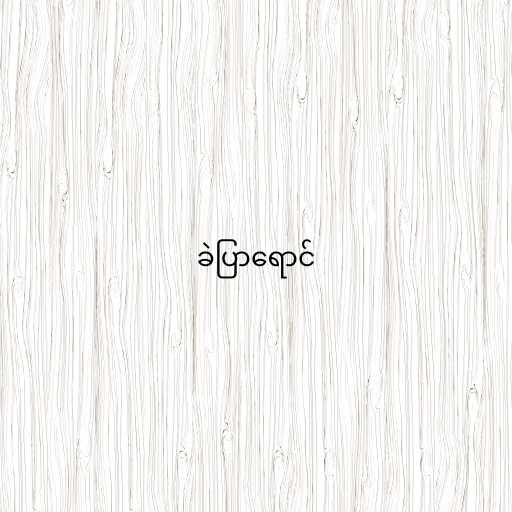
ခဲပြာရောင်